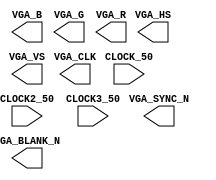

//=======================================================
//  This code is generated by Terasic System Builder
//=======================================================

module VGA(

	//////////// CLOCK //////////
	input 		          		CLOCK_50,
	input 		          		CLOCK2_50,
	input 		          		CLOCK3_50,

	//////////// VGA //////////
	output		     [7:0]		VGA_B,
	output		          		VGA_BLANK_N,
	output		          		VGA_CLK,
	output		     [7:0]		VGA_G,
	output		          		VGA_HS,
	output		     [7:0]		VGA_R,
	output		          		VGA_SYNC_N,
	output		          		VGA_VS
);



//=======================================================
//  REG/WIRE declarations
//=======================================================




//=======================================================
//  Structural coding
//=======================================================



endmodule